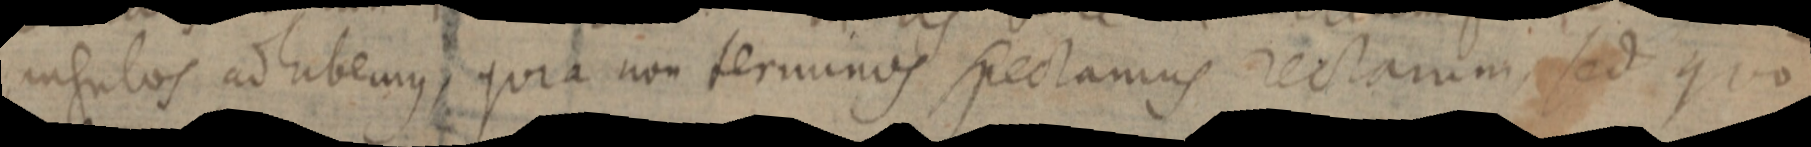
angulos ad habemus, quia non terminos spectamus rectarum, sed quo